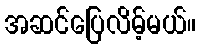
အဆင်ပြေလိမ့်မယ်။